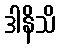
ဒါနိသိ